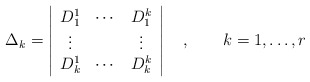
\begin{align*}\Delta _k=\left|\begin{array}{ccc}D_1^1 & \cdots & D_1^k \\\vdots & & \vdots \\D_k^1 & \cdots & D_k^k\end{array}\right| \quad ,\qquad k=1,\ldots ,r\end{align*}